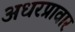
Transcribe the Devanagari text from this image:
अधरप्रावार